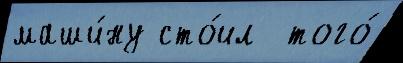
маши́ну сто́ил  того́